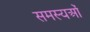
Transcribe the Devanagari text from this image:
समस्यओं